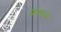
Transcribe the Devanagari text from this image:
शंकाभ्रे